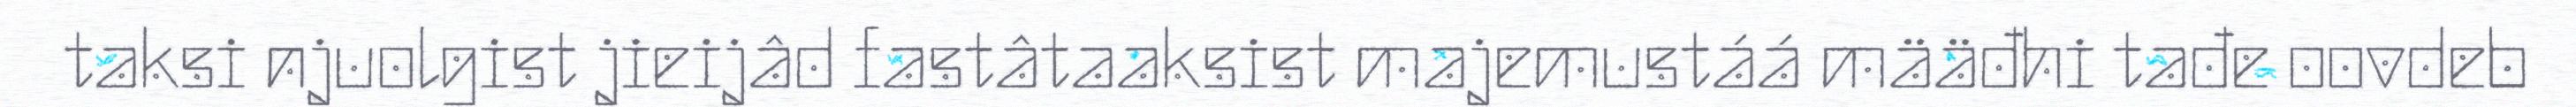
taksi njuolgist jieijâd fastâtaaksist majemustáá määđhi tađe oovdeb